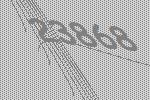
23868